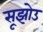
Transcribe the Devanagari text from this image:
सूझोउ